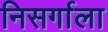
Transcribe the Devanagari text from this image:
निसर्गाला